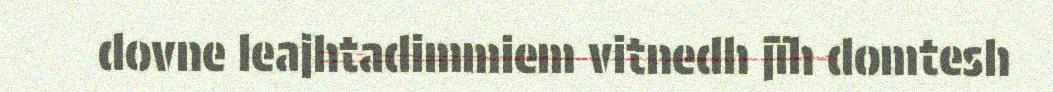
dovne leajhtadimmiem vitnedh jïh domtesh